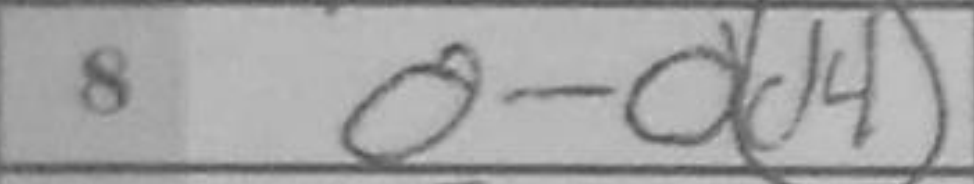
Transcription: O-O